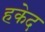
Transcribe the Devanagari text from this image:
हकेद